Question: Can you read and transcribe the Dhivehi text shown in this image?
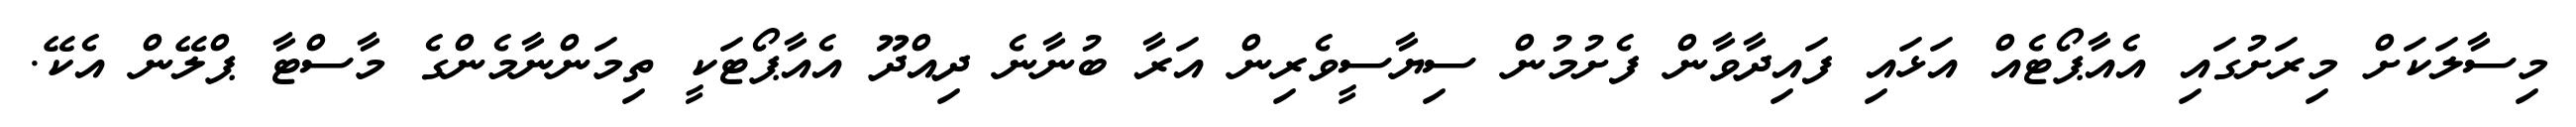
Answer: މިސާލަކަށް މިރަށުގައި އެއާޕޯޓެއް އަޅައި ފައިދާވާން ފެށުމުން ސިޔާސީވެރިން އަރާ ބުނާނެ ދިއްދޫ އެއާޕޯޓަކީ ތިމަންނާމެންގެ މާސްޓާ ޕްލޭން އެކޭ.